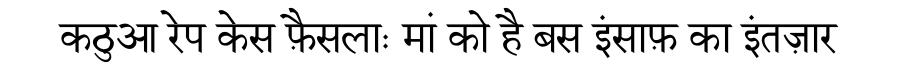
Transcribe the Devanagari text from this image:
कठुआ रेप केस फ़ैसलाः मां को है बस इंसाफ़ का इंतज़ार